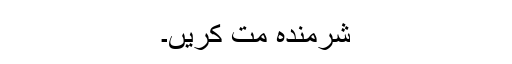
شرمندہ مت کریں۔